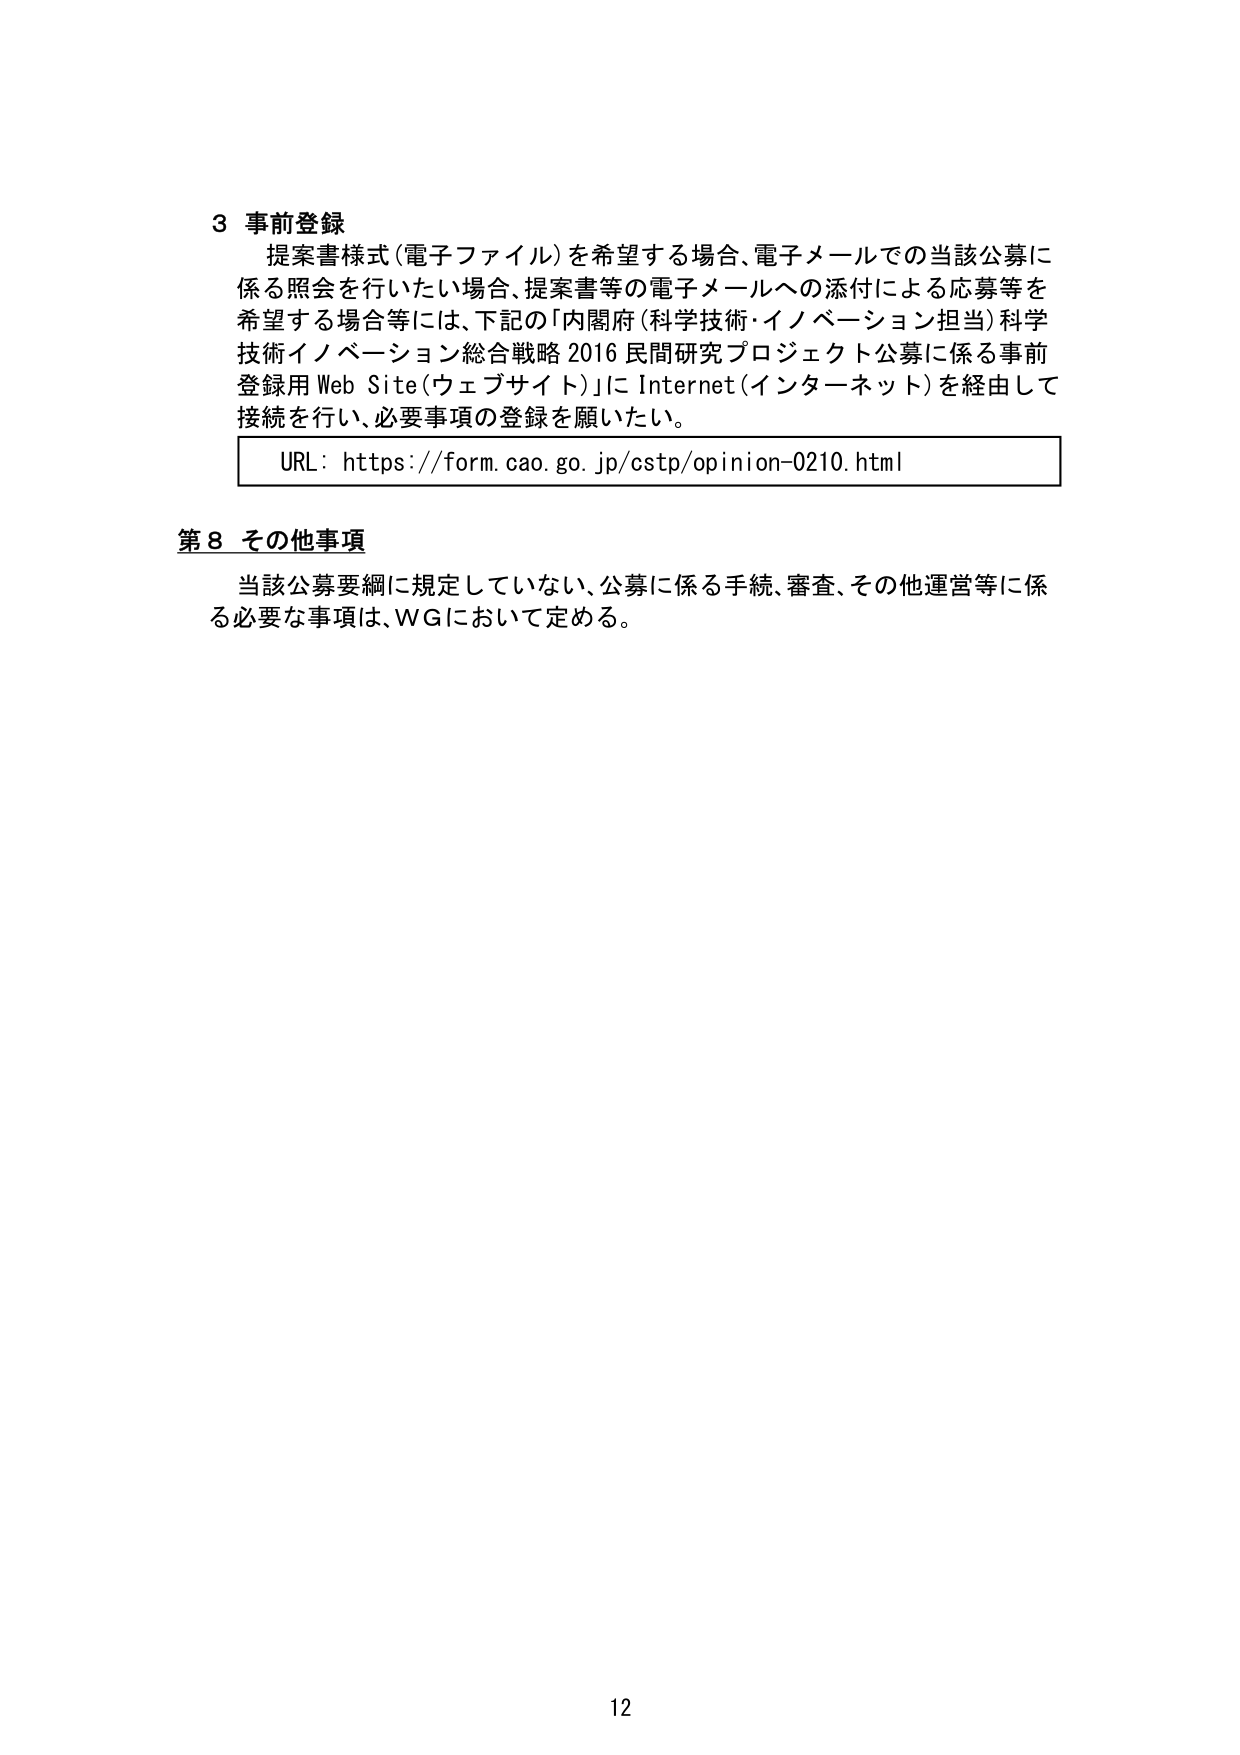
3 事前登録
提案書様式（電子ファイル）を希望する場合、電子メールでの当該公募に
係る照会を行いたい場合、提案書等の電子メールへの添付による応募等を
希望する場合等には、下記の「内閣府（科学技術・イノベーション担当）科学
技術イノベーション総合戦略 2016 民間研究プロジェクト公募に係る事前
登録用 Web Site（ウェブサイト）」に Internet（インターネット）を経由して
接続を行い、必要事項の登録を願いたい。

URL: https://form.cao.go.jp/cstp/opinion-0210.html

第8 その他事項
当該公募要綱に規定していない、公募に係る手続、審査、その他運営等に係
る必要な事項は、WGにおいて定める。

12